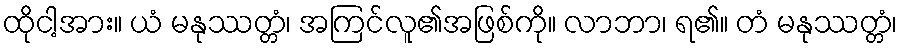
ထိုငါ့အား။ ယံ မနုဿတ္တံ၊ အကြင်လူ၏အဖြစ်ကို။ လာဘာ၊ ရ၏။ တံ မနုဿတ္တံ၊